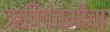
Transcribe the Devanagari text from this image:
ऋषिपंचमीचा